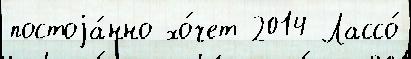
постоjа́нно хо́чет 2014 Лассо́